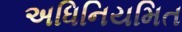
અધિનિયમિત